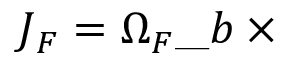
\= J _ { \/ F } = \Omega _ { \/ F } \_ b \times \= I